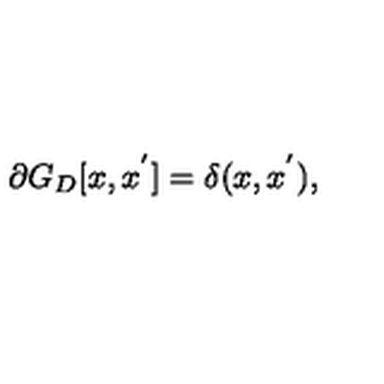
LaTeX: \partial G _ { D } [ x , x ^ { ' } ] = \delta ( x , x ^ { ' } ) ,